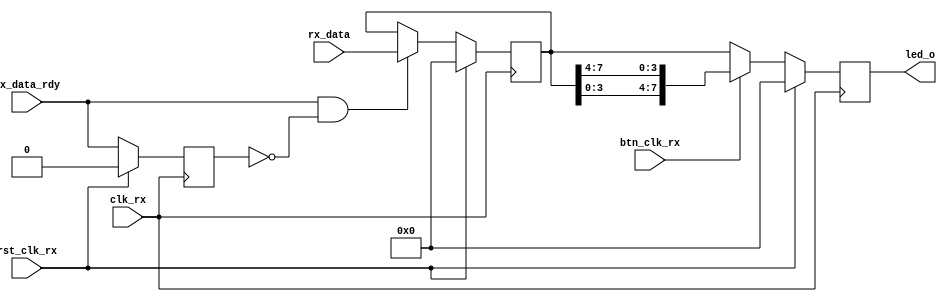
//-----------------------------------------------------------------------------
//  
// MIT License
// Copyright (c) 2022 Advanced Micro Devices, Inc. All rights reserved.
//
// Permission is hereby granted, free of charge, to any person obtaining a copy
// of this software and associated documentation files (the "Software"), to deal
// in the Software without restriction, including without limitation the rights
// to use, copy, modify, merge, publish, distribute, sublicense, and/or sell
// copies of the Software, and to permit persons to whom the Software is
// furnished to do so, subject to the following conditions:
//
// The above copyright notice and this permission notice shall be included in all
// copies or substantial portions of the Software.
//
// THE SOFTWARE IS PROVIDED "AS IS", WITHOUT WARRANTY OF ANY KIND, EXPRESS OR
// IMPLIED, INCLUDING BUT NOT LIMITED TO THE WARRANTIES OF MERCHANTABILITY,
// FITNESS FOR A PARTICULAR PURPOSE AND NONINFRINGEMENT. IN NO EVENT SHALL THE
// AUTHORS OR COPYRIGHT HOLDERS BE LIABLE FOR ANY CLAIM, DAMAGES OR OTHER
// LIABILITY, WHETHER IN AN ACTION OF CONTRACT, TORT OR OTHERWISE, ARISING FROM,
// OUT OF OR IN CONNECTION WITH THE SOFTWARE OR THE USE OR OTHER DEALINGS IN
// SOFTWARE.
//
//  Project  : Programmable Wave Generator
//  Module   : led_ctl.v
//  Parent   : uart_led.v
//  Children : None
//
//  Description: 
//     LED output generator
//
//  Parameters:
//     None
//
//  Local Parameters:
//
//  Notes       : 
//
//  Multicycle and False Paths
//    None
//

`timescale 1ns/1ps


module led_ctl (
  // Write side inputs
  input            clk_rx,       // Clock input
  input            rst_clk_rx,   // Active HIGH reset - synchronous to clk_rx

  input            btn_clk_rx,   // Button to swap low and high pins

  input      [7:0] rx_data,      // 8 bit data output
                                 //  - valid when rx_data_rdy is asserted
  input            rx_data_rdy,  // Ready signal for rx_data

  output reg [7:0] led_o         // The LED outputs
);


//***************************************************************************
// Parameter definitions
//***************************************************************************

//***************************************************************************
// Reg declarations
//***************************************************************************

  reg             old_rx_data_rdy;
  reg  [7:0]      char_data;

//***************************************************************************
// Wire declarations
//***************************************************************************

//***************************************************************************
// Code
//***************************************************************************

  always @(posedge clk_rx)
  begin
    if (rst_clk_rx)
    begin
      old_rx_data_rdy <= 1'b0;
      char_data       <= 8'b0;
      led_o           <= 8'b0;
    end
    else
    begin
      // Capture the value of rx_data_rdy for edge detection
      old_rx_data_rdy <= rx_data_rdy;

      // If rising edge of rx_data_rdy, capture rx_data
      if (rx_data_rdy && !old_rx_data_rdy)
      begin
        char_data <= rx_data;
      end

      // Output the normal data or the data with high and low swapped
      if (btn_clk_rx)
        led_o <= {char_data[3:0],char_data[7:4]};
      else
        led_o <= char_data;
    end // if !rst
  end // always


endmodule